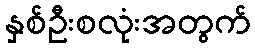
နှစ်ဦးစလုံးအတွက်